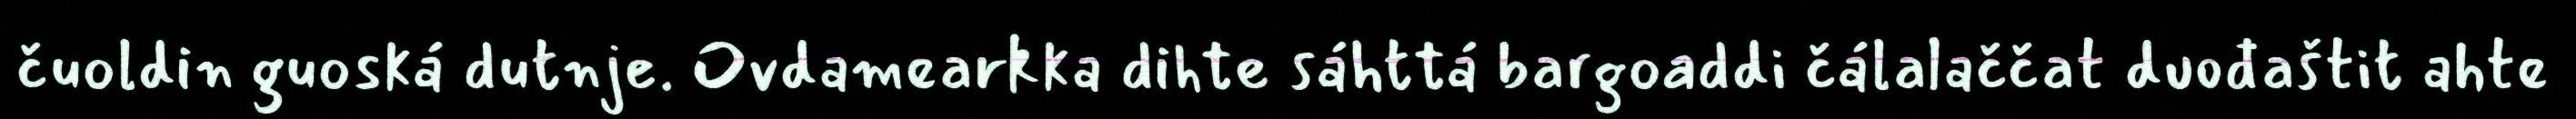
čuoldin guoská dutnje. Ovdamearkka dihte sáhttá bargoaddi čálalaččat duođaštit ahte